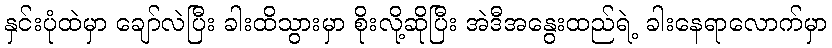
နှင်းပုံထဲမှာ ချော်လဲပြီး ခါးထိသွားမှာ စိုးလို့ဆိုပြီး အဲဒီအနွေးထည်ရဲ့ ခါးနေရာလောက်မှာ